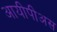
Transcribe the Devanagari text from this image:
आयीपीअस